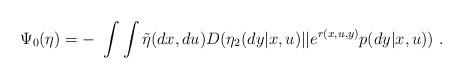
LaTeX: \begin{align*}\Psi_0(\eta) = - \ \int\int\tilde{\eta}(dx,du)D(\eta_2(dy|x,u)||e^{r(x,u,y)} p(dy|x,u))~.\end{align*}